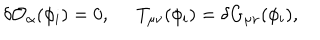
\delta { \cal O } _ { \alpha } ( \phi _ { i } ) = 0 , \; \; T _ { \mu \nu } ( \phi _ { i } ) = \delta G _ { \mu \nu } ( \phi _ { i } ) ,